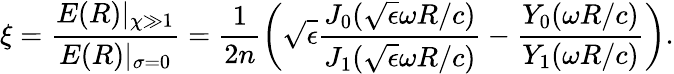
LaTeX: \xi=\frac{E(R)|_{\chi\gg 1}}{E(R)|_{\sigma=0}}=\frac 1{2n}\left(\sqrt{\epsilon}\frac{J_{0}(\sqrt{\epsilon}\omega R/c)}{J_{1}(\sqrt{\epsilon}\omega R/c)}-\frac{Y_{0}(\omega R/c)}{Y_{1}(\omega R/c)}\right).